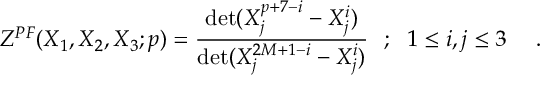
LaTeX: { \cal { Z } } ^ { P F } ( X _ { 1 } , X _ { 2 } , X _ { 3 } ; p ) = { \frac { \operatorname * { d e t } ( X _ { j } ^ { p + 7 - i } - X _ { j } ^ { i } ) } { \operatorname * { d e t } ( X _ { j } ^ { 2 M + 1 - i } - X _ { j } ^ { i } ) } } ~ ~ ; ~ ~ 1 \le i , j \le 3 ~ ~ ~ ~ .